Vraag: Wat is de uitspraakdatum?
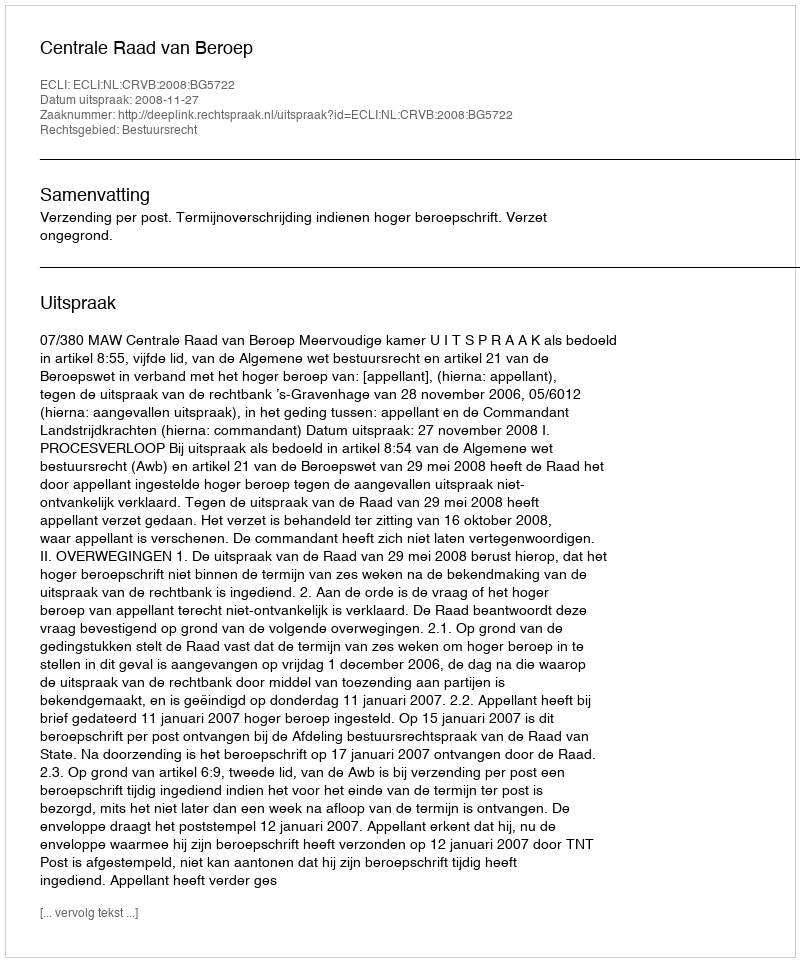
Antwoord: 2008-11-27